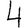
Digit: 4